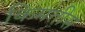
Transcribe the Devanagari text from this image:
किमतीस